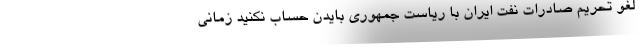
لغو تحریم صادرات نفت ایران با ریاست جمهوری بایدن حساب نکنید زمانی